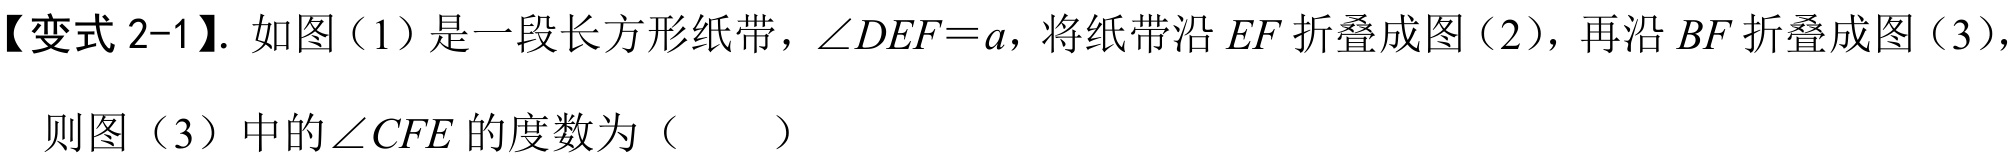
【变式2-1】. 如图（1）是一段长方形纸带，\(\angle DEF = a\)，将纸带沿\(EF\)折叠成图（2），再沿\(BF\)折叠成图（3），则图（3）中的\(\angle CFE\)的度数为（  ）